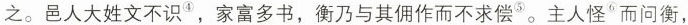
之。邑人大姓文不识^{④}，家富多书，衡乃与其佣作而不求偿^{⑤}。主人怪^{⑥}而问衡，